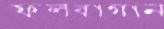
ফলবাগান